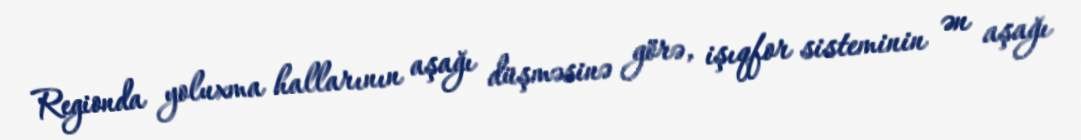
Regionda yoluxma hallarının aşağı düşməsinə görə, işıqfor sisteminin ən aşağı